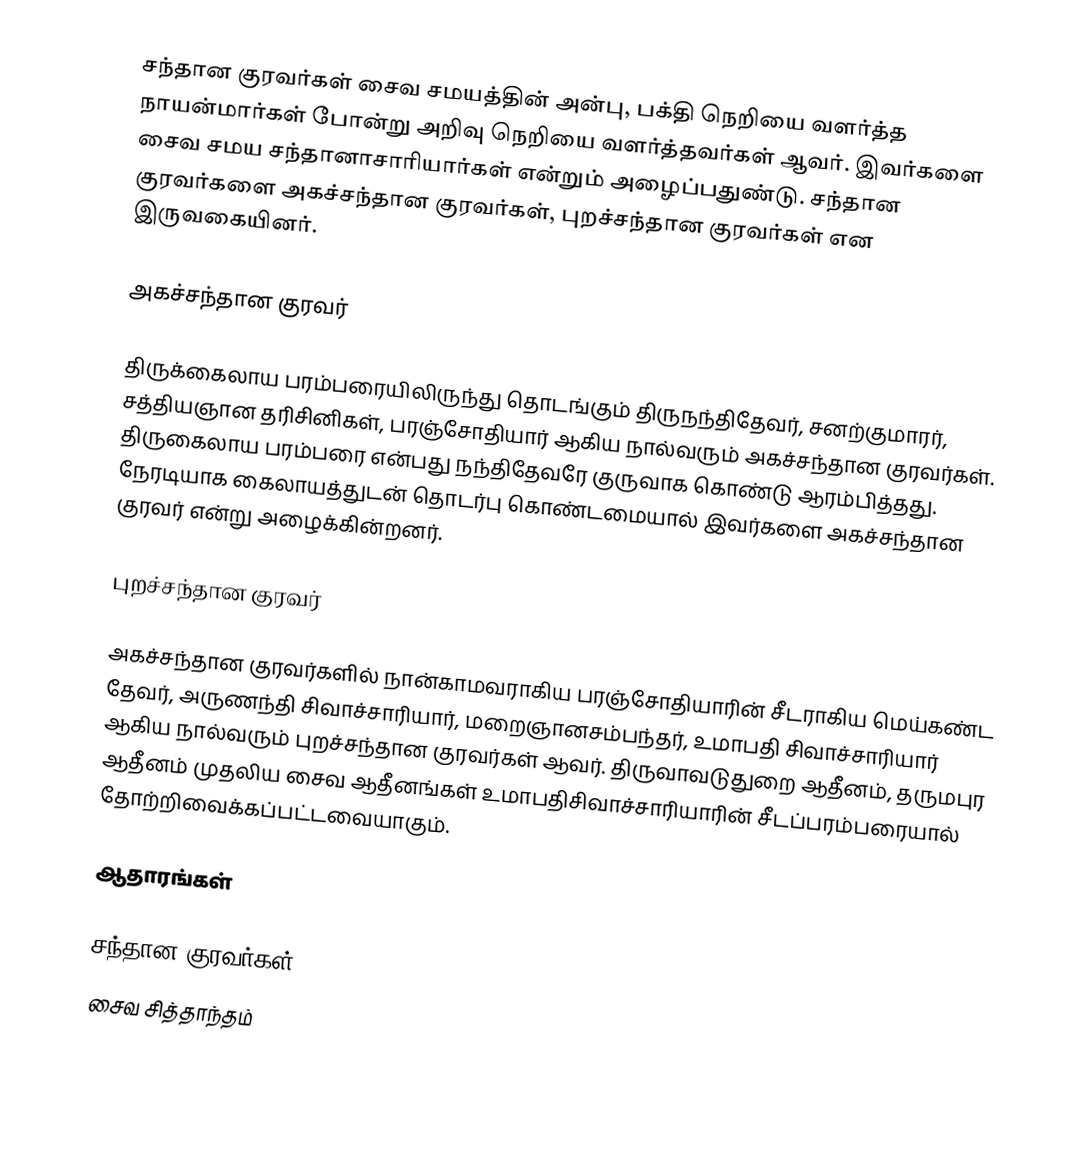
சந்தான குரவர்கள் சைவ சமயத்தின் அன்பு, பக்தி நெறியை வளர்த்த நாயன்மார்கள் போன்று அறிவு நெறியை வளர்த்தவர்கள் ஆவர். இவர்களை சைவ சமய சந்தானாசாரியார்கள் என்றும் அழைப்பதுண்டு.  சந்தான குரவர்களை அகச்சந்தான குரவர்கள், புறச்சந்தான குரவர்கள் என இருவகையினர்.

அகச்சந்தான குரவர்

திருக்கைலாய பரம்பரையிலிருந்து தொடங்கும் திருநந்திதேவர், சனற்குமாரர், சத்தியஞான தரிசினிகள், பரஞ்சோதியார் ஆகிய நால்வரும் அகச்சந்தான குரவர்கள்.   திருகைலாய பரம்பரை என்பது நந்திதேவரே குருவாக கொண்டு ஆரம்பித்தது. நேரடியாக கைலாயத்துடன் தொடர்பு கொண்டமையால் இவர்களை அகச்சந்தான குரவர் என்று அழைக்கின்றனர்.

புறச்சந்தான குரவர்

அகச்சந்தான குரவர்களில் நான்காமவராகிய பரஞ்சோதியாரின் சீடராகிய மெய்கண்ட தேவர், அருணந்தி சிவாச்சாரியார், மறைஞானசம்பந்தர், உமாபதி சிவாச்சாரியார் ஆகிய நால்வரும் புறச்சந்தான குரவர்கள் ஆவர்.   திருவாவடுதுறை ஆதீனம், தருமபுர ஆதீனம் முதலிய சைவ ஆதீனங்கள் உமாபதிசிவாச்சாரியாரின் சீடப்பரம்பரையால் தோற்றிவைக்கப்பட்டவையாகும்.

ஆதாரங்கள்

சந்தான குரவர்கள்
சைவ சித்தாந்தம்